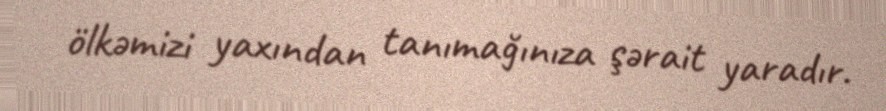
ölkəmizi yaxından tanımağınıza şərait yaradır.